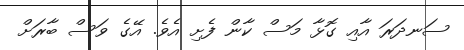
ސަނދަރަ އާއި ގޮޅާ މަސް ކާން ފެށި އެވެ. އޭގެ ވަސް ބާރަށް